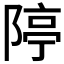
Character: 𨺱